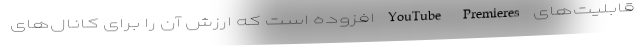
قابلیت‌های YouTube Premieres افزوده است که ارزش آن را برای کانال‌های